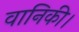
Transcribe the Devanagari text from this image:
वानिकी।